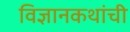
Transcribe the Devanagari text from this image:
विज्ञानकथांची